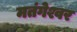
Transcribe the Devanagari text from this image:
मतंगेश्वर